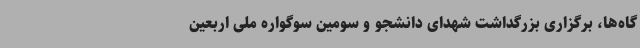
گاه‌ها، برگزاری بزرگداشت شهدای دانشجو و سومین سوگواره ملی اربعین